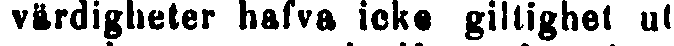
värdigheter hafva icke giltighet ut-